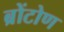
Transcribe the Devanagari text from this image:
ब्रोंटोण